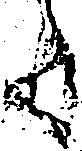
た